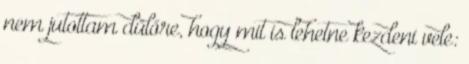
nem jutottam dűlőre, hogy mit is lehetne kezdeni vele: